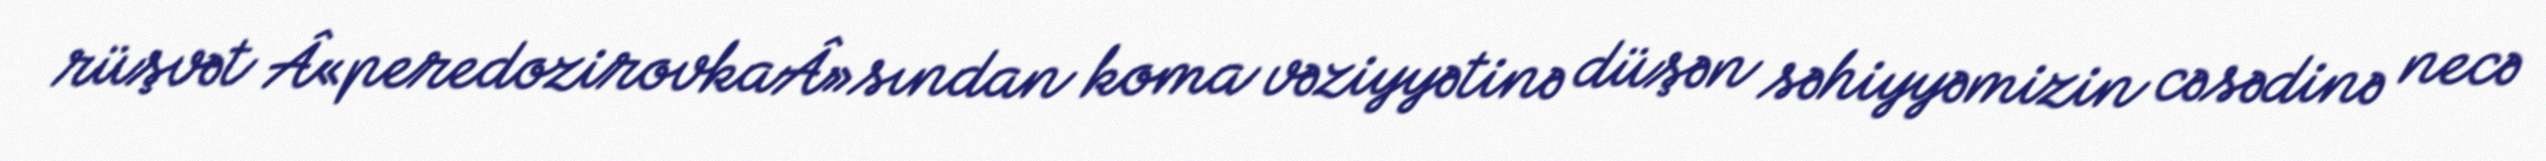
rüşvət Â«peredozirovkaÂ»sından koma vəziyyətinə düşən səhiyyəmizin cəsədinə necə